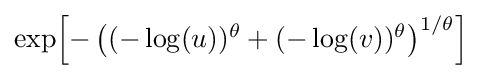
{\textstyle \exp \!\left[-\left((-\log(u))^{\theta }+(-\log(v))^{\theta }\right)^{1/\theta }\right]}